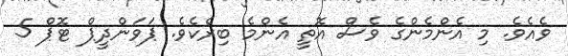
ވެއެވެ. މި އެންމެންގެ ވެސް އޮތީ އެންމެ ބިރެކެވެ. ޕަވަންދީޕް ޓޮޕް 5